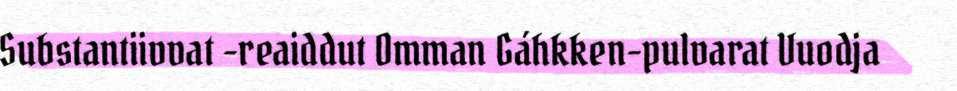
Substantiivvat -reaiddut Omman Gáhkken-pulvarat Vuodja